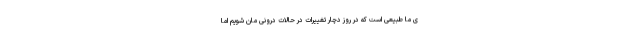
ی ما طبیعی است که در روز دچار تغییرات در حالات درونی مان شویم اما